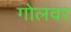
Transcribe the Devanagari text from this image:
गोलवर